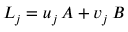
L _ { j } = u _ { j } \, A + v _ { j } \, B